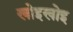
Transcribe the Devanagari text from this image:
खोइखोइ